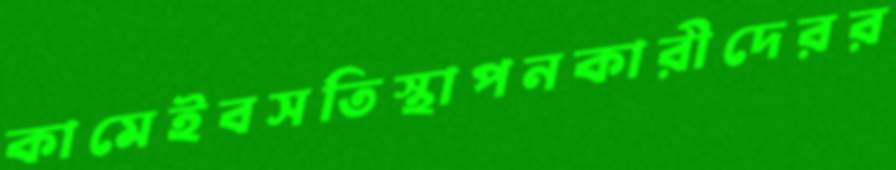
কামেইবসতিস্থাপনকারীদেরর